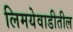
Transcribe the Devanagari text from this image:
लिमयेवाडीतील